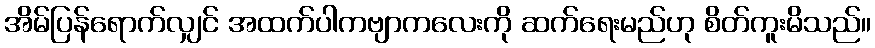
အိမ်ပြန်ရောက်လျှင် အထက်ပါကဗျာကလေးကို ဆက်ရေးမည်ဟု စိတ်ကူးမိသည်။